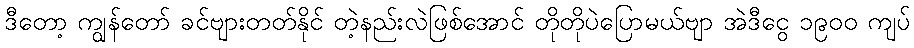
ဒီတော့ ကျွန်တော် ခင်ဗျားတတ်နိုင် တဲ့နည်းလဲဖြစ်အောင် တိုတိုပဲပြောမယ်ဗျာ အဲဒီငွေ ၁၉၀၀ ကျပ်